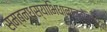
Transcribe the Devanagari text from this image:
सम्बन्धस्याभिधानान्तोदनाद्वा